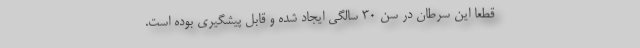
قطعاً این سرطان در سن ۳۰ سالگی ایجاد شده و قابل پیشگیری بوده است.